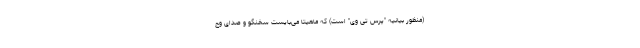
(منظور بیانیه "پرس تی وی" است) که ماهیتا می‌بایست سخنگو و صدای وح